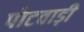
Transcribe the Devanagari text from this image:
पोटवाड़ी